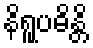
နိရူပဓိန္တိ